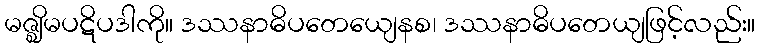
မဇ္ဈိမပဋိပဒါကို။ ဒဿနာဓိပတေယျေနစ၊ ဒဿနာဓိပတေယျဖြင့်လည်း။